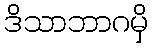
ဒိသာဘာဂမှိ